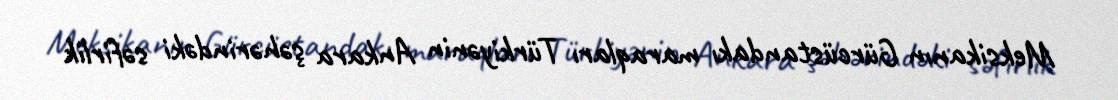
Meksikanın Gürcüstandakı maraqları Türkiyənin Ankara şəhərindəki səfirlik